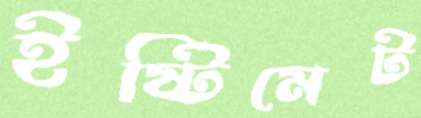
ইষ্টিমেট